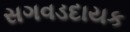
સગવડદાયક